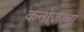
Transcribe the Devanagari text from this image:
कनोजाचा